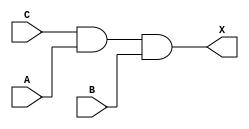
module sky130_fd_sc_ls__and3 (
    X,
    A,
    B,
    C
);

    // Module ports
    output X;
    input  A;
    input  B;
    input  C;

    // Local signals
    wire and0_out_X;

    //  Name  Output      Other arguments
    and and0 (and0_out_X, C, A, B        );
    buf buf0 (X         , and0_out_X     );

endmodule